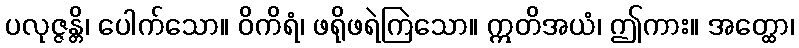
ပလုဇ္ဇန္တိ၊ ပေါက်သော။ ဝိကိရံ၊ ဖရိုဖရဲကြဲသော။ ဣတိအယံ၊ ဤကား။ အတ္ထော၊